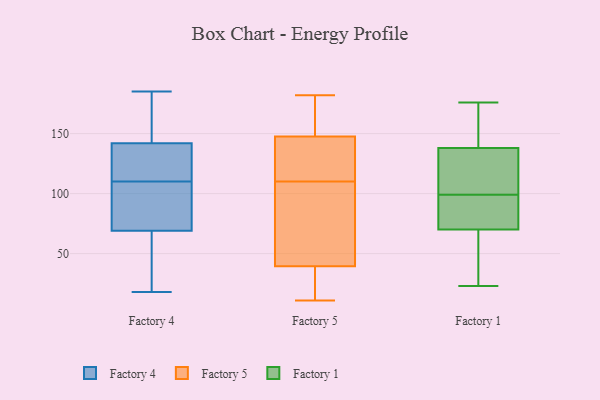
{"axis": {"x": "Waste Production (Tons)", "y": "Value"}, "legend": ["Factory 1", "Factory 4", "Factory 5"], "data": [{"x": "", "y": 69, "type": "Factory 4"}, {"x": "", "y": 170, "type": "Factory 4"}, {"x": "", "y": 67, "type": "Factory 4"}, {"x": "", "y": 123, "type": "Factory 4"}, {"x": "", "y": 37, "type": "Factory 4"}, {"x": "", "y": 113, "type": "Factory 4"}, {"x": "", "y": 106, "type": "Factory 4"}, {"x": "", "y": 107, "type": "Factory 4"}, {"x": "", "y": 18, "type": "Factory 4"}, {"x": "", "y": 145, "type": "Factory 4"}, {"x": "", "y": 156, "type": "Factory 4"}, {"x": "", "y": 142, "type": "Factory 4"}, {"x": "", "y": 100, "type": "Factory 4"}, {"x": "", "y": 46, "type": "Factory 4"}, {"x": "", "y": 139, "type": "Factory 4"}, {"x": "", "y": 185, "type": "Factory 4"}, {"x": "", "y": 124, "type": "Factory 4"}, {"x": "", "y": 89, "type": "Factory 4"}, {"x": "", "y": 31, "type": "Factory 5"}, {"x": "", "y": 182, "type": "Factory 5"}, {"x": "", "y": 118, "type": "Factory 5"}, {"x": "", "y": 81, "type": "Factory 5"}, {"x": "", "y": 35, "type": "Factory 5"}, {"x": "", "y": 11, "type": "Factory 5"}, {"x": "", "y": 41, "type": "Factory 5"}, {"x": "", "y": 170, "type": "Factory 5"}, {"x": "", "y": 110, "type": "Factory 5"}, {"x": "", "y": 91, "type": "Factory 5"}, {"x": "", "y": 140, "type": "Factory 5"}, {"x": "", "y": 178, "type": "Factory 5"}, {"x": "", "y": 119, "type": "Factory 5"}, {"x": "", "y": 106, "type": "Factory 1"}, {"x": "", "y": 167, "type": "Factory 1"}, {"x": "", "y": 62, "type": "Factory 1"}, {"x": "", "y": 88, "type": "Factory 1"}, {"x": "", "y": 28, "type": "Factory 1"}, {"x": "", "y": 92, "type": "Factory 1"}, {"x": "", "y": 84, "type": "Factory 1"}, {"x": "", "y": 128, "type": "Factory 1"}, {"x": "", "y": 149, "type": "Factory 1"}, {"x": "", "y": 148, "type": "Factory 1"}, {"x": "", "y": 107, "type": "Factory 1"}, {"x": "", "y": 38, "type": "Factory 1"}, {"x": "", "y": 137, "type": "Factory 1"}, {"x": "", "y": 23, "type": "Factory 1"}, {"x": "", "y": 138, "type": "Factory 1"}, {"x": "", "y": 176, "type": "Factory 1"}, {"x": "", "y": 70, "type": "Factory 1"}, {"x": "", "y": 70, "type": "Factory 1"}]}